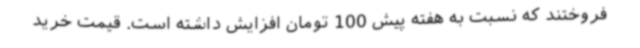
فروختند که نسبت به هفته پیش 100 تومان افزایش داشته است. قیمت خرید